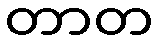
တာတ